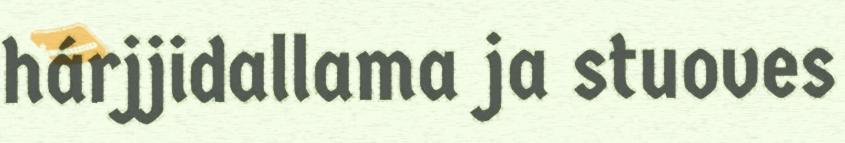
hárjjidallama ja stuoves